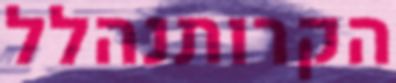
הקרותנהלל